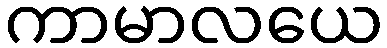
ကာမာလယေ